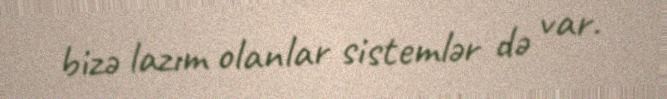
bizə lazım olanlar sistemlər də var.